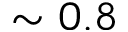
\sim 0 . 8